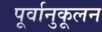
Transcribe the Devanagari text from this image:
पूर्वानुकूलन